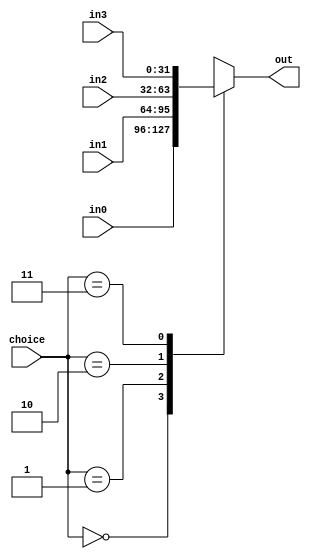
`timescale 1ns / 1ps
//////////////////////////////////////////////////////////////////////////////////
// Company: 
// Engineer: 
// 
// Design Name: 
// Module Name: Mux4
// Project Name: 
// Target Devices: 
// Tool Versions: 
// Description: 
// 
// Dependencies: 
// 
// Revision:
// Revision 0.01 - File Created
// Additional Comments:
// 
//////////////////////////////////////////////////////////////////////////////////


module Mux4 #(
    parameter WIDTH = 32
)(
    input [1:0] choice,
    input [WIDTH-1:0] in0,
    input [WIDTH-1:0] in1,
    input [WIDTH-1:0] in2,
    input [WIDTH-1:0] in3,
    output reg [WIDTH-1:0] out
);
always@(*)
    case(choice)
        2'b00:  out <= in0;
        2'b01:  out <= in1;
        2'b10:  out <= in2;
        2'b11:  out <= in3;
    endcase
endmodule